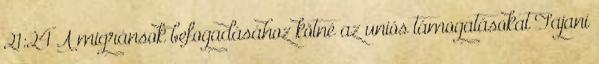
21:24 A migránsok befogadásához kötné az uniós támogatásokat Tajani